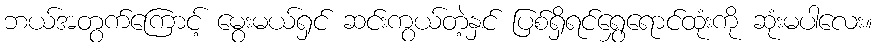
ဘယ်အတွက်ကြောင့် မွေးမယ်ရှင် ဆင်းကွယ်တဲ့နှင် ပြစ်ရှိရင်ရွှေရောင်ထုံးကို ဆုံးမပါလေး။